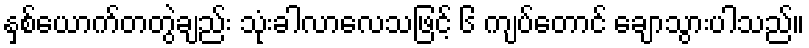
နှစ်ယောက်တတွဲချည်း သုံးခါလာလေသဖြင့် ၆ ကျပ်တောင် ချောသွားပါသည်။